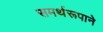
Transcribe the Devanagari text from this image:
समर्थरूपाने